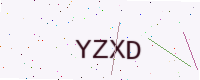
Text: YZXD